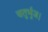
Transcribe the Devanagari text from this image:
चतुर्भुज।